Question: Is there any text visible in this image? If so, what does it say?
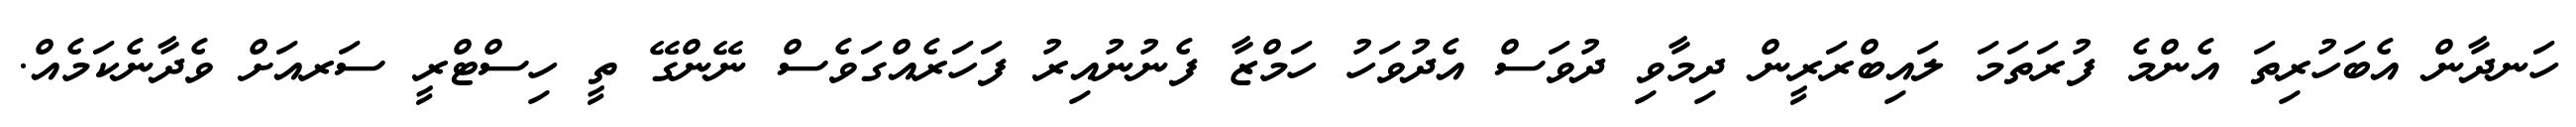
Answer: ހަނދާން އެބަހުރިތަ އެންމެ ފުރަތަމަ ލައިބްރަރީން ދިމާވި ދުވަސް އެދުވަހު ހަމްޒާ ފެނުނުއިރު ފަހަރެއްގަވެސް ނޭންގޭ ތީ ހިސްޓްރީ ސަރއަށް ވެދާނެކަމެއް.